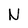
Character: N